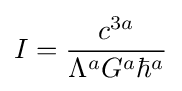
I={\frac {c^{3a}}{\Lambda ^{a}G^{a}\hbar ^{a}}}